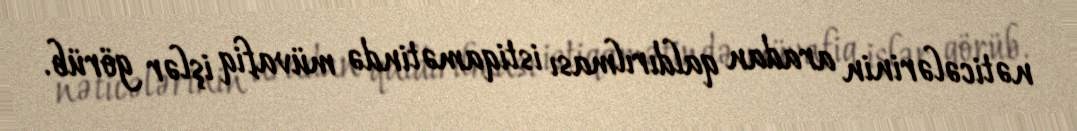
nəticələrinin aradan qaldırılması istiqamətində müvafiq işlər görüb.